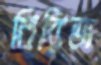
বিরিজ